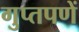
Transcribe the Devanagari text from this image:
गुप्‍तपणें